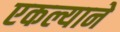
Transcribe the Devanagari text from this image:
एकल्याने